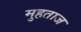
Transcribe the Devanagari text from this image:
मुहताज